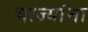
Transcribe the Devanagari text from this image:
भाज्यांना